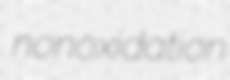
nonoxidation